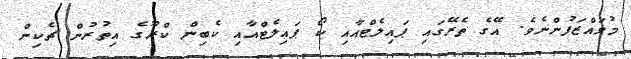
މުވައްޒަފުންނެވެ. އޭގެ ތެރޭގައި ޕައިލެޓްއާއި ކޯ ޕައިލެޓްއާއި ކެބިން ކްރޫގެ އިތުރުން ޗެކިން